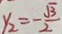
y _ { 2 } = - \frac { \sqrt { 3 } } { 2 }